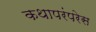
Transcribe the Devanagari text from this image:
कथापरंपरेस